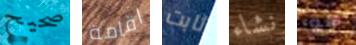
صحيح اقامة ثابت نشاء هو